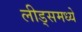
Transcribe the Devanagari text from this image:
लीड्समध्ये